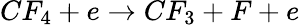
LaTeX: CF_{4}+e\rightarrow CF_{3}+F+e